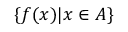
\{ f ( x ) | x \in A \}